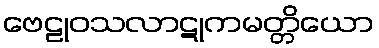
ဗေဠုဝသလာဋုကမတ္တိယော